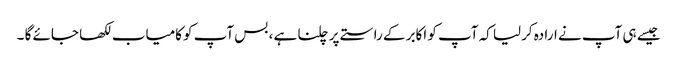
جیسے ہی آپ نے ارادہ کرلیا کہ آپ کو اکابر کے راستے پر چلنا ہے ، بس آپ کوکامیاب لکھا جائے گا ۔